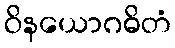
ဝိနယောဂဓိတံ